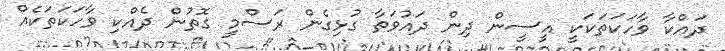
ދައްކާ ވާހަކަތަކަކީ އީސީން ދިން ދައުވަތާ ގުޅިގެން ރަސްމީ ގޮތުން ދެއްކި ވާހަކަތަކެއް